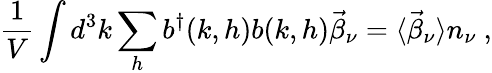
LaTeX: \frac{1}{V}\int d^{3}k\sum_{h}b^{\dagger}(k,h)b(k,h)\vec{\beta}_{\nu}=\langle\vec{\beta}_{\nu}\rangle n_{\nu}~,